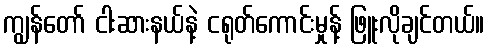
ကျွန်တော် ငါးဆားနယ်နဲ့ ငရုတ်ကောင်းမှုန့် ဖြူးလိုချင်တယ်။